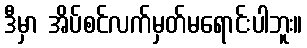
ဒီမှာ အိပ်စင်လက်မှတ်မရောင်းပါဘူး။